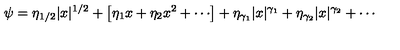
\psi = \eta _ { 1 / 2 } | x | ^ { 1 / 2 } + \left[ \eta _ { 1 } x + \eta _ { 2 } x ^ { 2 } + \cdots \right] + \eta _ { \gamma _ { 1 } } | x | ^ { \gamma _ { 1 } } + \eta _ { \gamma _ { 2 } } | x | ^ { \gamma _ { 2 } } + \cdots